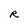
Character: R